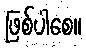
ဖြစ်ပါစေ။